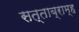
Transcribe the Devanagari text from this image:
सत्ताब्राम्ह